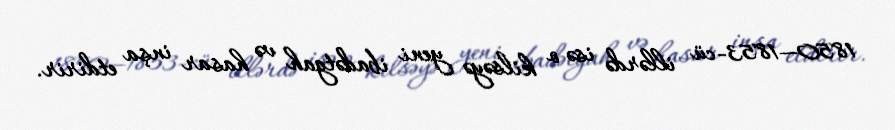
1850—1853-cü illərdə isə o kilsəyə yeni ibadətgah və hasar inşa etdirir.